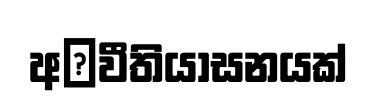
අ෾වීතියාසනයක්